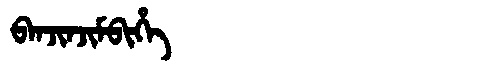
Manchu: ᠪᠠᠨᠵᡳᠨᠵᡳᠮᠪᡳᡥᡝ
Romanization: BANJINJIMBIHE